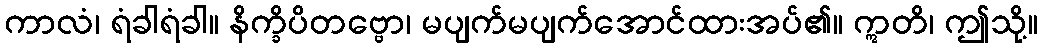
ကာလံ၊ ရံခါရံခါ။ နိက္ခိပိတဗ္ဗော၊ မပျက်မပျက်အောင်ထားအပ်၏။ ဣတိ၊ ဤသို့။